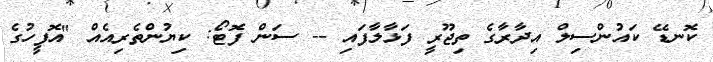
ކޮނޑޭ ކައުންސިލް އިދާރާގެ ތިޖޫރީ ފަޅާލާފައި -- ސަން ފޮޓޯ: ކިޔުންތެރިއެއް "އޮފީހުގެ